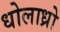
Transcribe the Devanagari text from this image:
धोलाध्रो